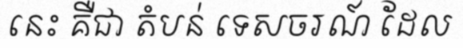
នេះ គឺជា តំបន់ ទេសចរណ៍ ដែល